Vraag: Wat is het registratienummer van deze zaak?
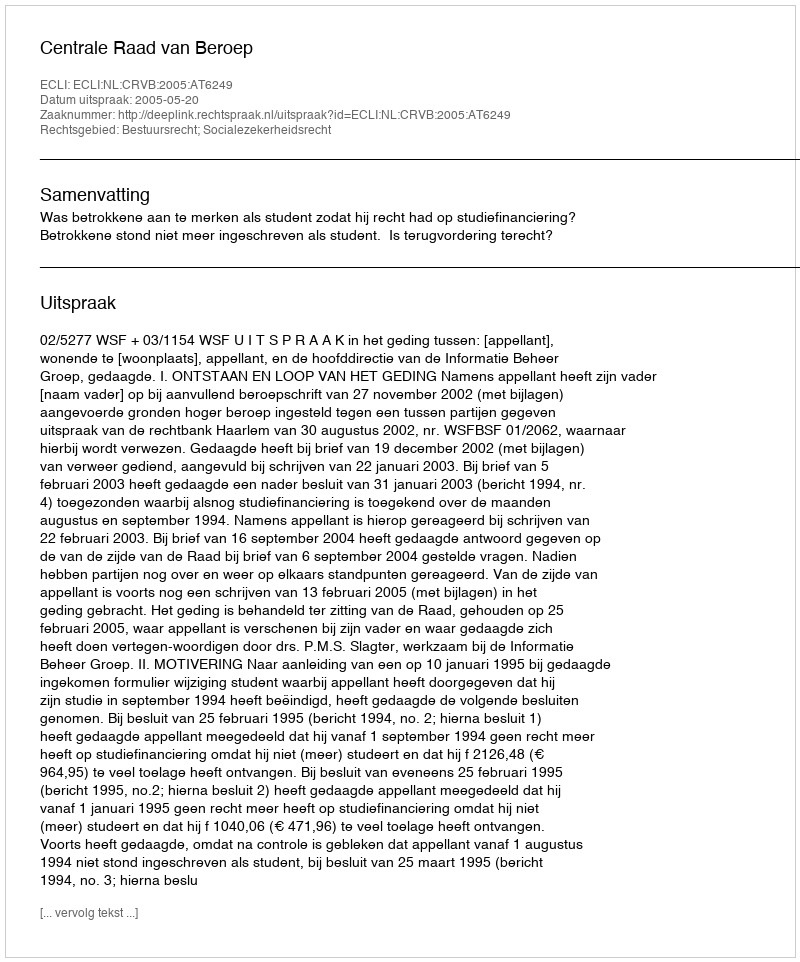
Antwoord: http://deeplink.rechtspraak.nl/uitspraak?id=ECLI:NL:CRVB:2005:AT6249